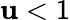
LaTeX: \mathbf{u}<1